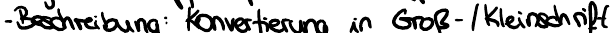
- Beschreibung: Konvertierung in Groß-/Kleinschrift